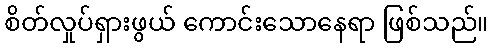
စိတ်လှုပ်ရှားဖွယ် ကောင်းသောနေရာ ဖြစ်သည်။